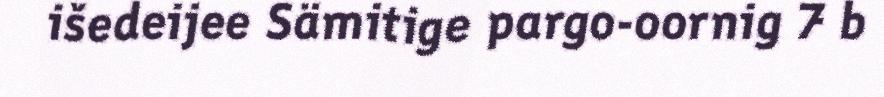
išedeijee Sämitige pargo-oornig 7 b